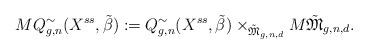
LaTeX: \begin{align*}MQ^{\sim}_{g,n}(X^{ss},\tilde{\beta}):=Q^{\sim}_{g,n}(X^{ss},\tilde{\beta})\times_{\tilde{\mathfrak{M}}_{g,n,d}}M\tilde{\mathfrak{M}}_{g,n,d}.\end{align*}